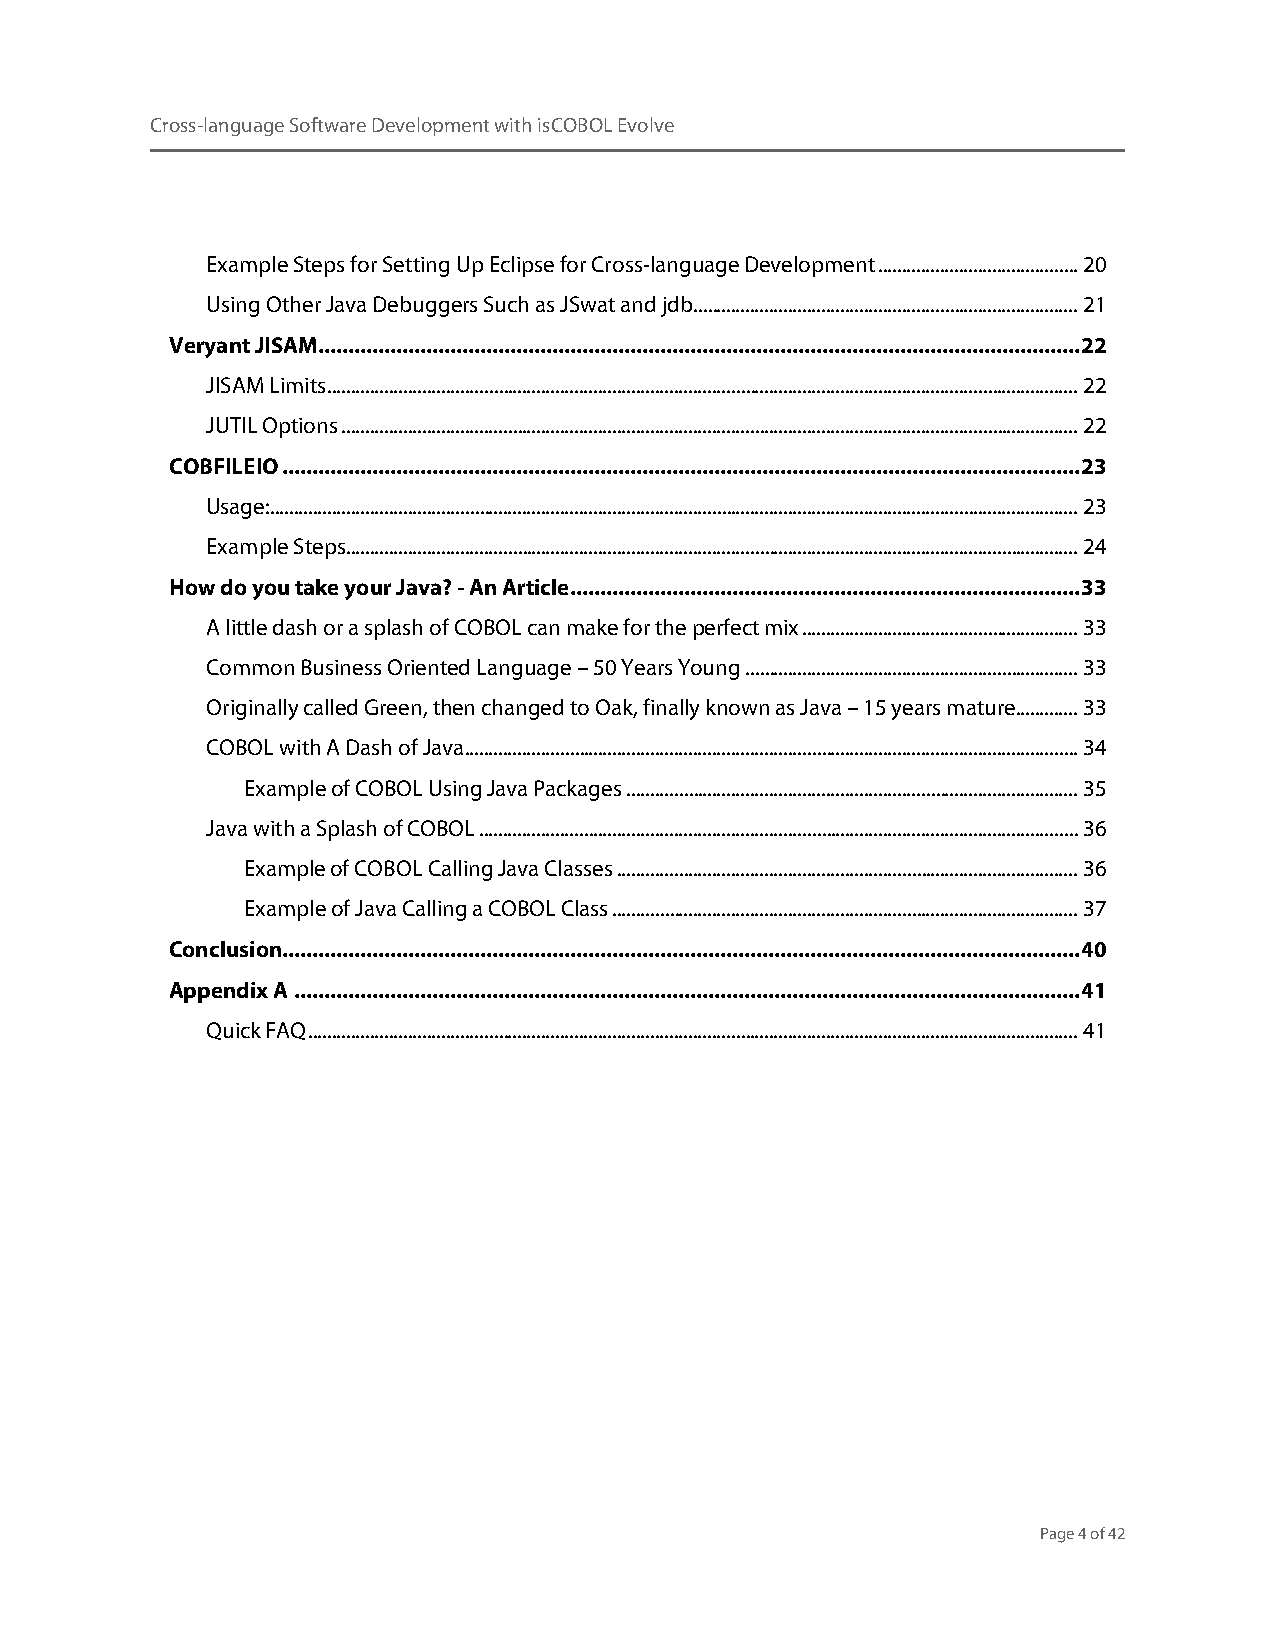
Cross-language Software Development with isCOBOL Evolve
 Example Steps for Setting Up Eclipse for Cross-language Development .......................................... 20
 Using Other Java Debuggers Such as JSwat and jdb ................................................................................. 21
 Veryant JISAM ............................................................................................................................... 22
 JISAM Limits .............................................................................................................................................................. 22
 JUTIL Options ........................................................................................................................................................... 22
 COBFILEIO ..................................................................................................................................... 23
 Usage: .......................................................................................................................................................................... 23
 Example Steps .......................................................................................................................................................... 24
 How do you take your Java? - An Article ..................................................................................... 33
 A little dash or a splash of COBOL can make for the perfect mix .......................................................... 33
 Common Business Oriented Language – 50 Years Young ...................................................................... 33
 Originally called Green, then changed to Oak, finally known as Java – 15 years mature ............. 33
 COBOL with A Dash of Java ................................................................................................................................. 34
 Example of COBOL Using Java Packages ............................................................................................... 35
 Java with a Splash of COBOL .............................................................................................................................. 36
 Example of COBOL Calling Java Classes ................................................................................................. 36
 Example of Java Calling a COBOL Class .................................................................................................. 37
 Conclusion..................................................................................................................................... 40
 Appendix A ................................................................................................................................... 41
 Quick FAQ .................................................................................................................................................................. 41
 Page 4 of 42